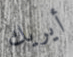
أيريك